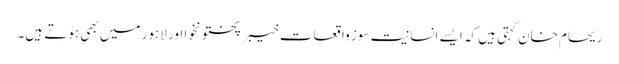
ریحام خان کہتی ہیں کہ ایسے انسانیت سوز واقعات خیبر پختونخوا اور لاہور میں بھی ہوتے ہیں۔